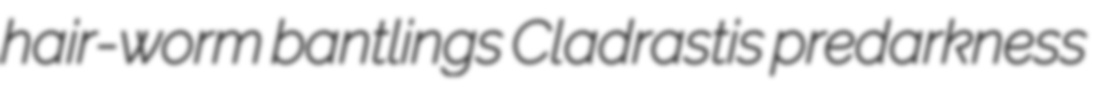
hair-worm bantlings Cladrastis predarkness